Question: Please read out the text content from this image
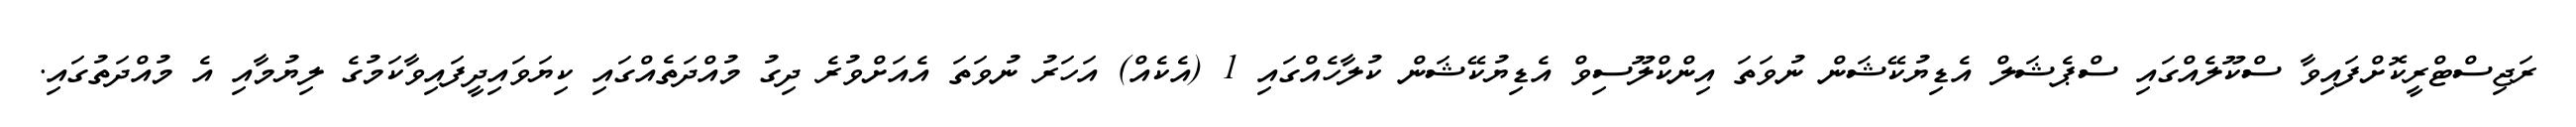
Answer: ރަޖިސްޓްރީކޮށްފައިވާ ސްކޫލެއްގައި ސްޕެޝަލް އެޑިޔުކޭޝަން ނުވަތަ އިންކްލޫސިވް އެޑިޔުކޭޝަން ކުލާހެއްގައި 1 (އެކެއް) އަހަރު ނުވަތަ އެއަށްވުރެ ދިގު މުއްދަތެއްގައި ކިޔަވައިދީފައިވާކަމުގެ ލިޔުމާއި އެ މުއްދަތުގައި.